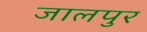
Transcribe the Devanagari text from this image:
जालपुर